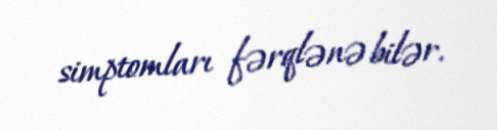
simptomları fərqlənə bilər.